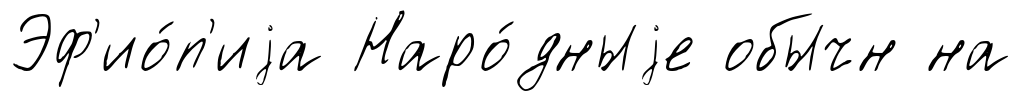
Эф'ио́п'иjа Наро́дныjе обычн на